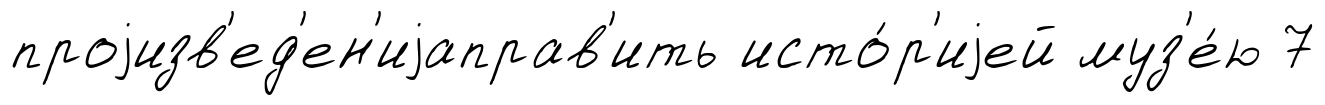
проjизв'ед'ен'иjаправ'ить исто́р'иjей муз'е́ю 7